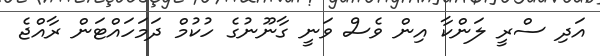
އަދި ސްރީ ލަންކާ އިން ވެސް ވަނީ ގާނޫނުގެ ހުކުމް ދަމަހައްޓަން ރާއްޖެ